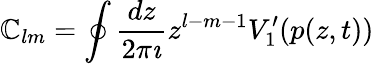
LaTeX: \mathbb{C}_{lm}=\oint\frac{{dz}}{{2\pi\imath}}z^{l-m-1}V_{1}^{\prime}(p(z,t))